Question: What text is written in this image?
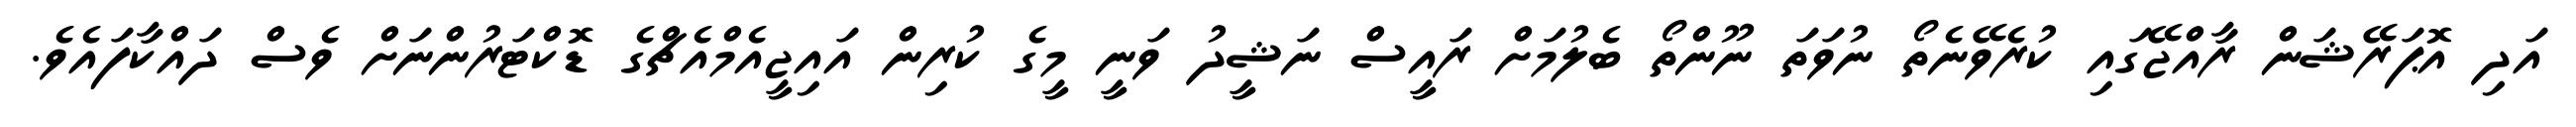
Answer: އަދި އޮޕަރޭޝަން ރާއްޖޭގައި ކުރެވޭނެތޯ ނުވަތަ ނޫންތޯ ބެލުމަށް ރައީސް ނަޝީދު ވަނީ މީގެ ކުރިން އައިޖީއެމްއެޗްގެ ޑޮކްޓަރުންނަށް ވެސް ދައްކާފައެވެ.